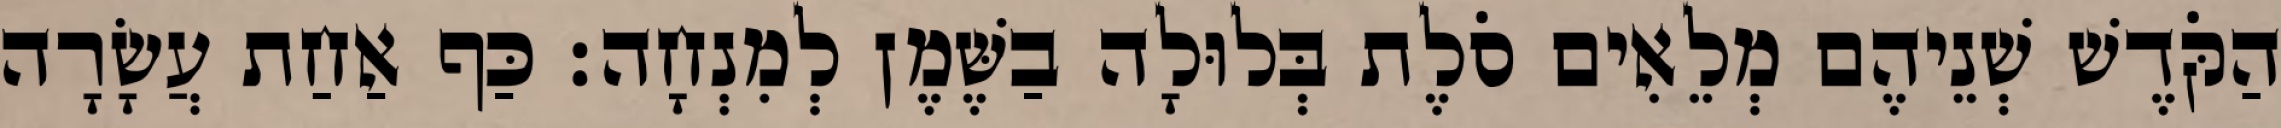
הַקֹּדֶשׁ שְׁנֵיהֶם מְלֵאִים סֹלֶת בְּלוּלָה בַשֶּׁמֶן לְמִנְחָה׃ כַּף אַחַת עֲשָׂרָה